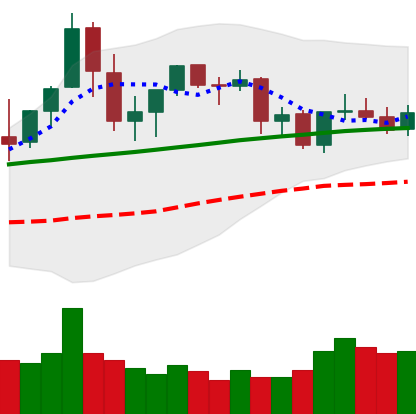
Ticker: ETC-USD
Chart end date: 2021-08-31
Forward return: 15.121%
Label: up_7plus